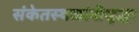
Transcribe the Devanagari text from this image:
संकेतस्थळांनीसुद्धा